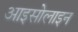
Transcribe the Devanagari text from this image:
आइसोलाइन